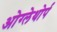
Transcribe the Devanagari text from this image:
ओग्लेथोर्प